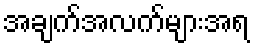
အချက်အလက်များအရ